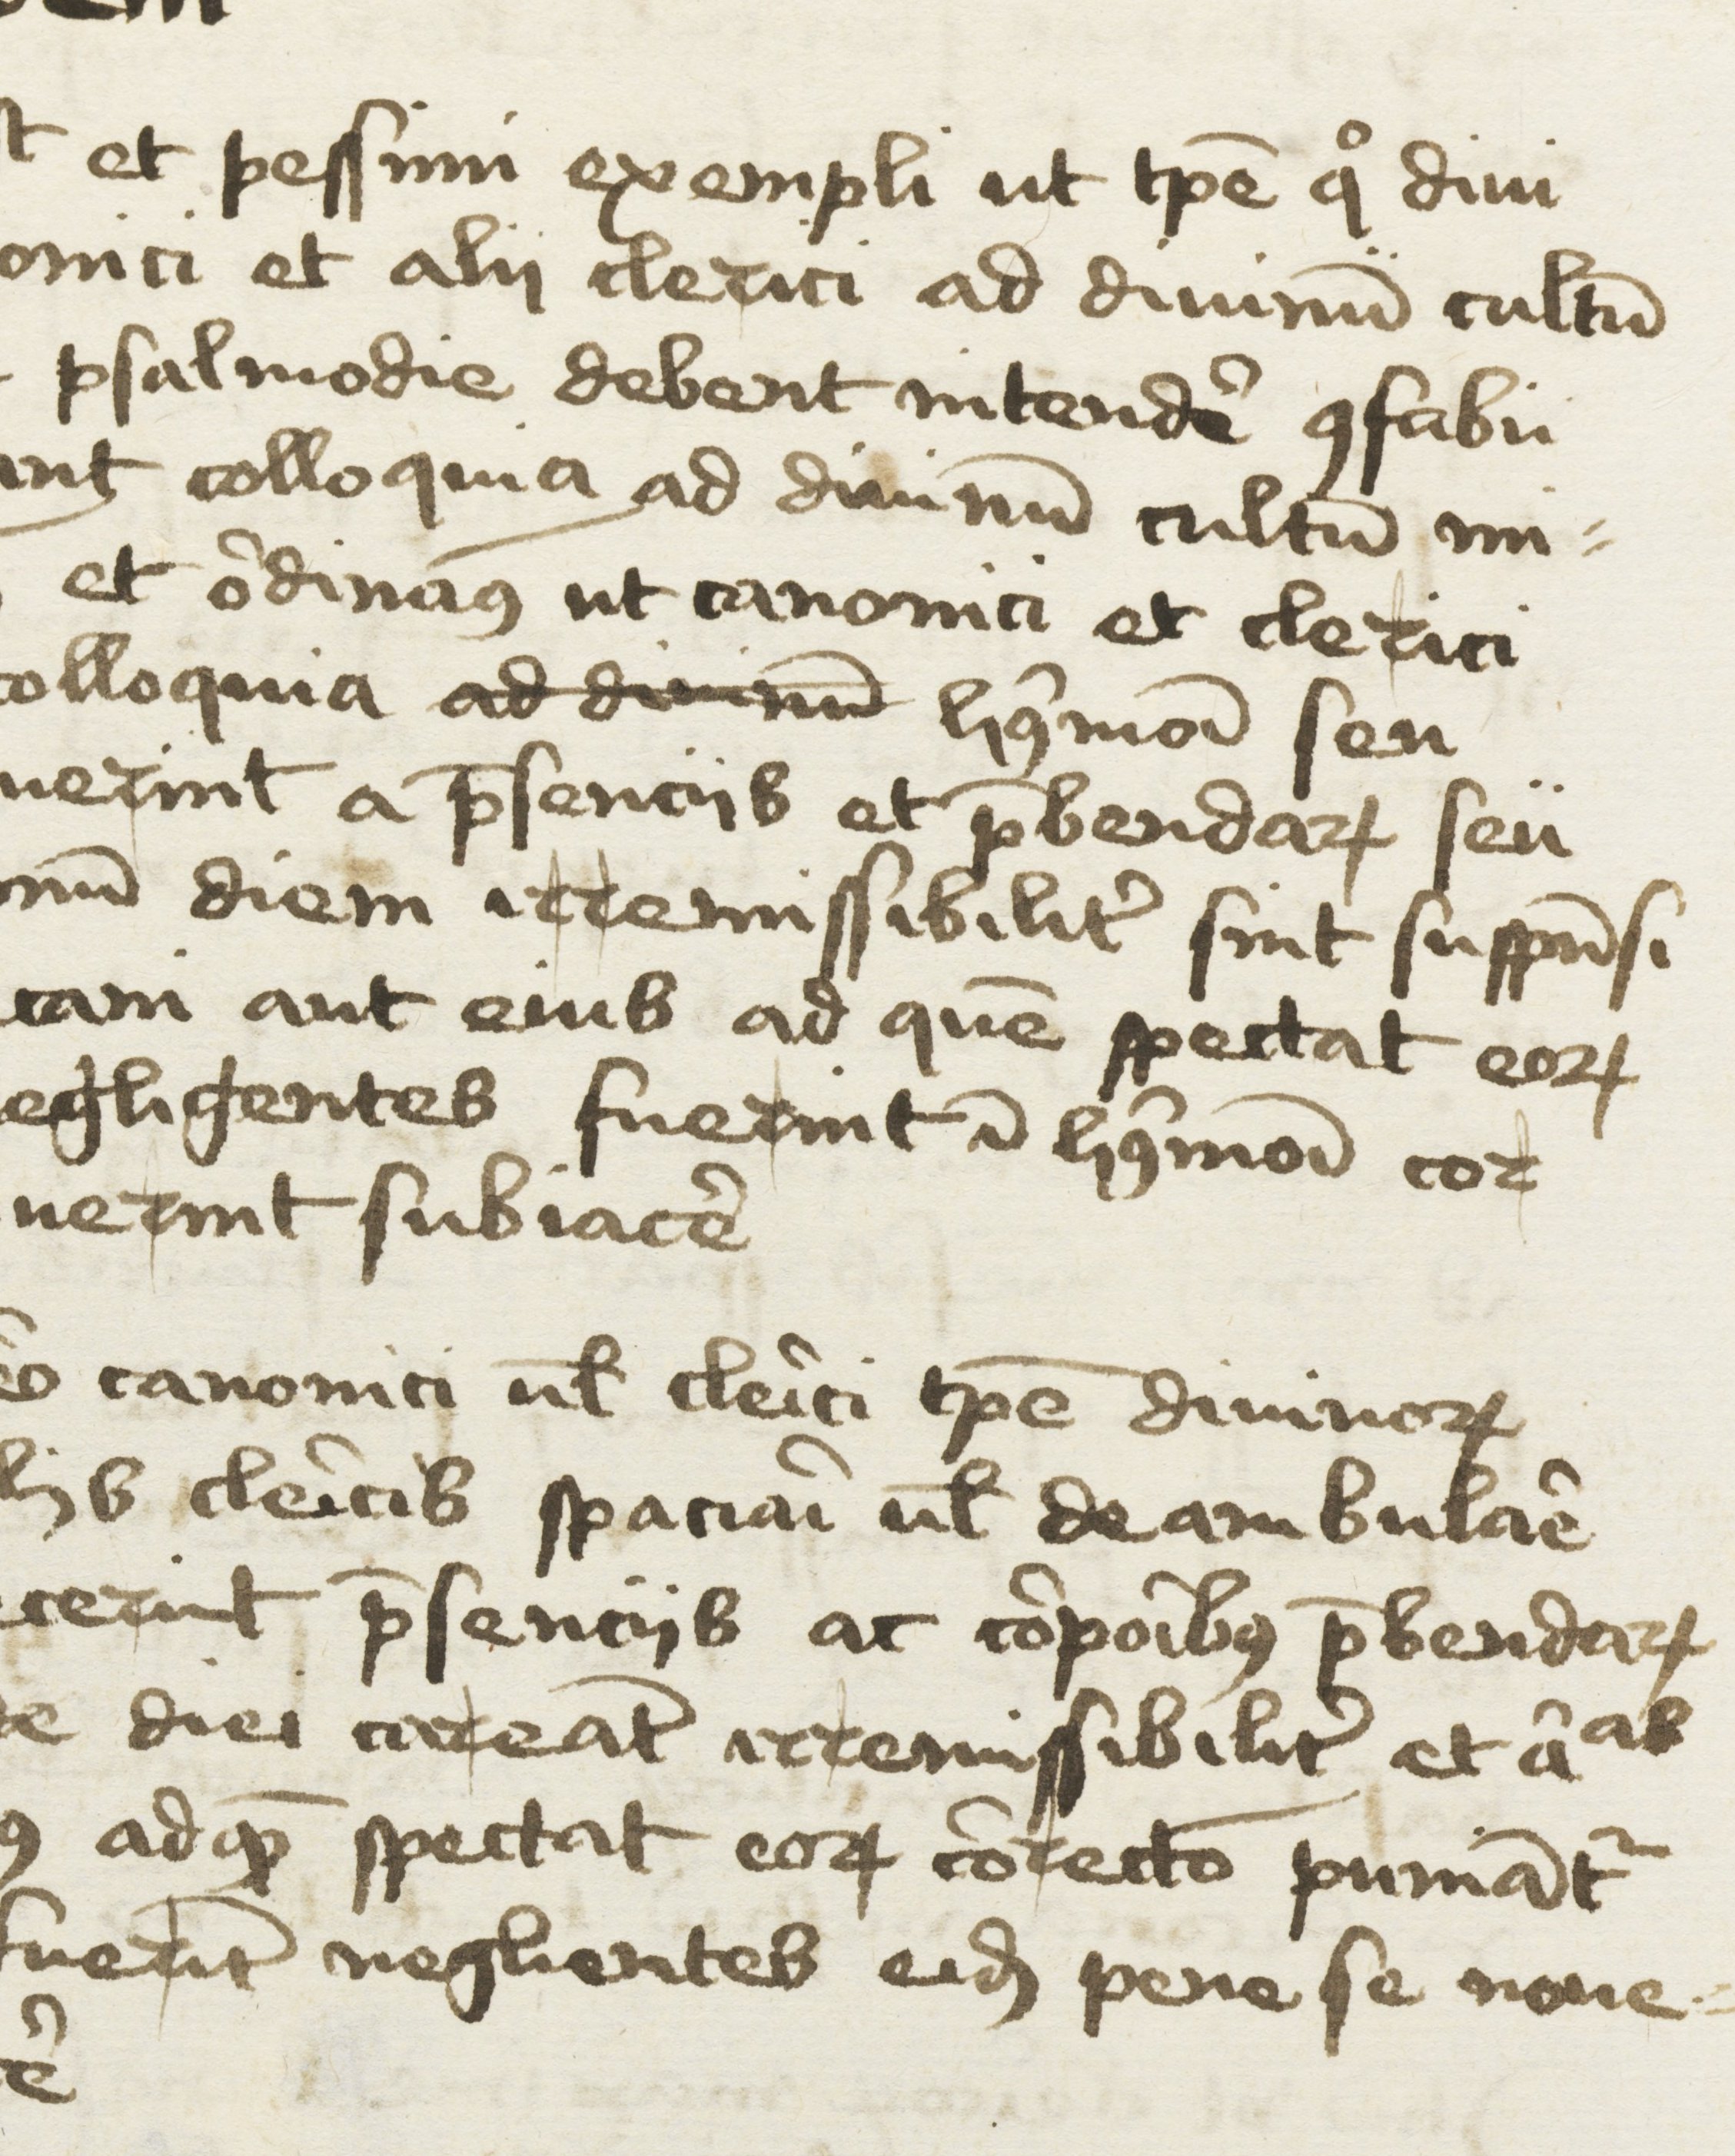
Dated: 1400–1499